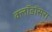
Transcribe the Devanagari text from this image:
क्लॉडॉसरा